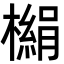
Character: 㯞